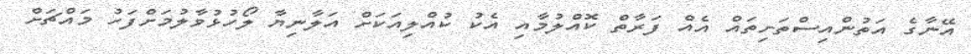
އޭނާގެ އަތުންއިސްތަށިތައް އެއް ފަރާތް ކޮއްލުމާއި އެކު ކުއްލިއަކަށް އަލާނިޔާ ލޯހުޅުވާލުމަށްފަހު މައްޗަށް